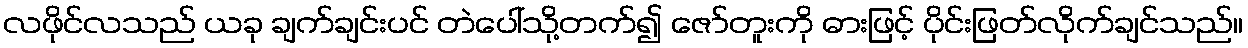
လဖိုင်လသည် ယခု ချက်ချင်းပင် တဲပေါ်သို့တက်၍ ဇော်တူးကို ဓားဖြင့် ပိုင်းဖြတ်လိုက်ချင်သည်။